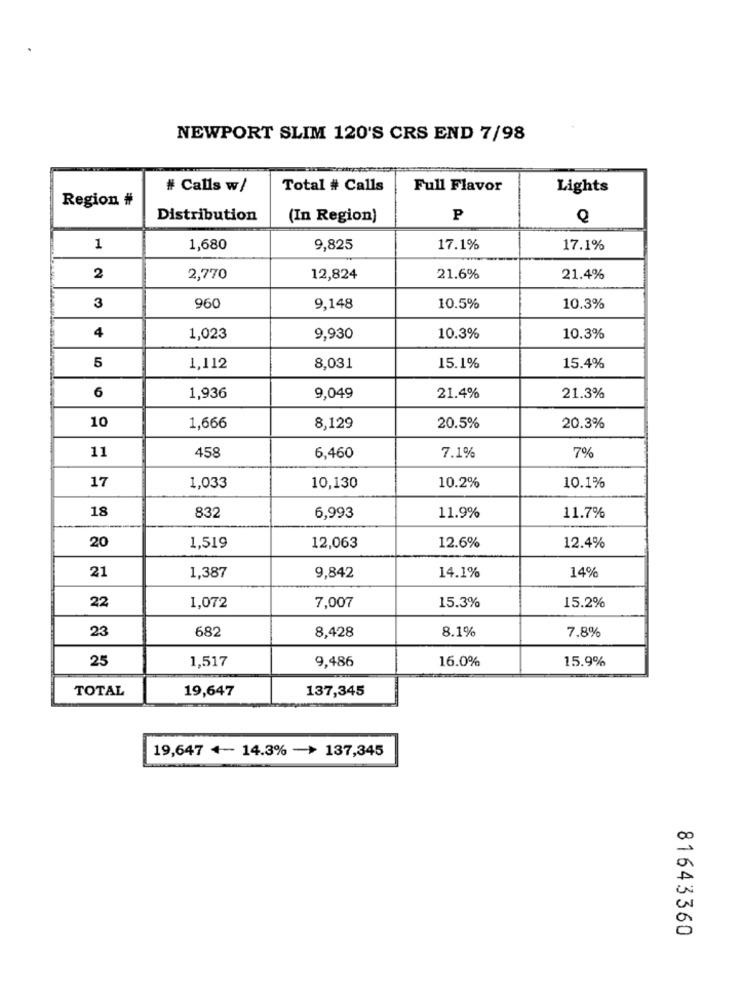
NEWPORT SLIM 120'S CRS END 7/98
# Calls w/
Total # Calls
Full Flavor
Lights
Region #
Distribution
(In Region)
P
Q
1
1,680
9,825
17.1%
17.1%
2
2,770
12,824
21.6%
21.4%
3
960
9,148
10.5%
10.3%
4
1,023
9,930
10.3%
10.3%
5
1,112
8,031
15.1%
15.4%
6
1,936
9,049
21.4%
21.3%
10
1,666
8,129
20.5%
20.3%
11
7.1%
458
6,460
7%
17
10.2%
10.1%
1,033
10,130
18
832
6,993
11.9%
11.7%
20
12,063
1,519
12.6%
12.4%
14.1%
14%
21
1,387
9,842
1,072
7,007
15.3%
22
15.2%
23
682
8,428
8.1%
7.8%
25
1,517
9,486
16.0%
15.9%
TOTAL
19,647
137,345
19,647 +- 14.3% -> 137,345
81643360